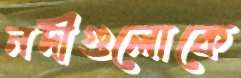
নদীগুলোকে